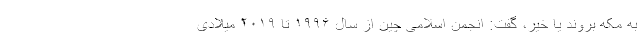
به مکه بروند یا خیر، گفت: انجمن اسلامی چین از سال ۱۹۹۶ تا ۲۰۱۹ میلادی